Vaccination in Bombay 1924-1928 - 1924-1928
Year: 1924
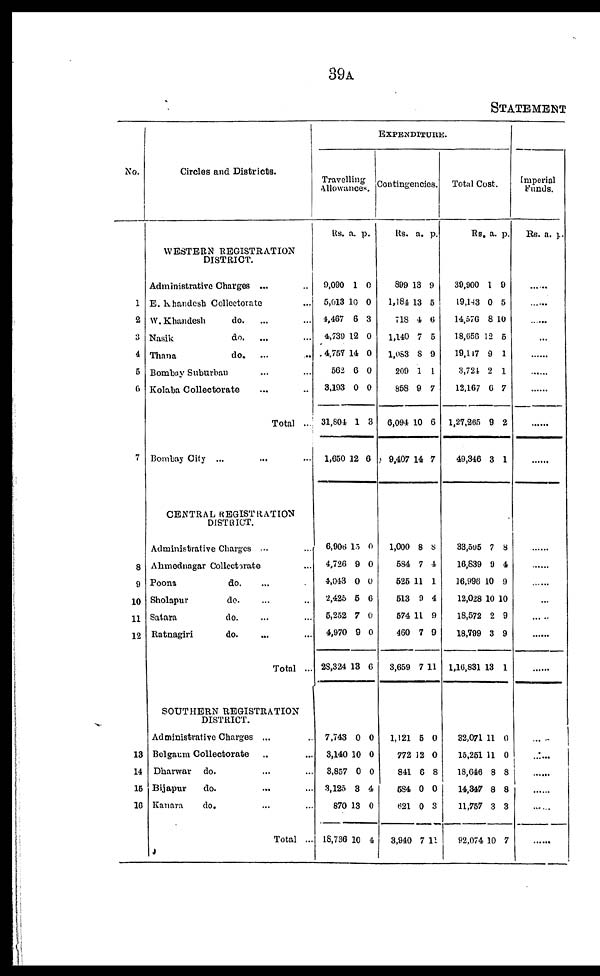
39A
STATEMENT
No.
1
2
3
4
5
6
7
8
9
10
11
12
13
14
15
16
Circles and Districts.
WESTERN REGISTRATION
DISTRICT.
Administrative Charges ... ...
E. khandesh Collectorate ...
W.Khandesh
do.
... ...
Nasik
do.
... ...
Thana
do. ... ...
Bombay Suburban ... ...
Kolaba Collectorate ......
Total ...
Bombay City ... ... ...
CENTRAL REGISTRATION
DISTRICT.
Administrative Charges ... ...
Ahmednagar Collectorate ...
Poona
do. ... ...
Sholapur
do. ... ...
Satara
do. ... ...
Ratnagiri
do. ... ...
Total ...
SOUTHERN REGISTRATION
DISTRICT.
Administrative Charges ... ...
Belgaum Collectorate ... ...
Dharwar
do. ... ...
Bijapur
do. ... ...
Kanara
do. ... ...
Total ...
EXPENDITURE.
Travelling
Allowances.
Us. a. p.
9,090
5,013
4,487
4,739
4,767
562
3,193
31,804
1,650
1
10
6
12
14
6
0
1
12
0
0
3
0
0
0
0
3
6
6,906
4,726
4,043
2,425
5,252
4,970
28,324
15
9
0
5
7
9
13
0
0
0
6
0
0
6
7,743
3,140
3,857
3,125
870
18,736
0
10
0
3
13
10
0
0
0
4
0
4
Contingencies.
Rs. a. p.
899
1,184
718
1,140
1,083
209
858
6,094
9,407
13
13
4
7
8
1
9
10
14
9
5
6
5
9
1
7
6
7
1,000
584
525
513
574
460
3,659
8
7
11
9
11
7
7
8
4
1
4
9
9
11
1,121
772
841
584
621
3,940
5
12
6
0
0
7
0
0
8
0
3
11
Total Cost.
Rs. a. p.
39,900
19,143
14,576
18,656
19,117
3,724
12,167
1,27,265
49,346
1
0
8
12
9
2
6
9
3
9
5
10
5
1
1
7
2
1
33,595
16,839
16,996
12,028
18,572
18,799
1,16,831
7
9
10
10
2
3
13
8
4
9
10
9
9
1
32,071
15,251
18,646
14,347
11,757
92,074
11
11
8
8
3
10
0
0
8
8
3
7
Imperial
Funds.
Rs. a. p.
......
......
......
......
......
......
......
......
......
......
......
......
......
......
......
......
......
......
......
......
......
......